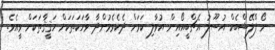
ނޯ ފްލޭޝްބެކް އުސޫލު އެޗްބީއޯއިން އުވާލި ކަމަށް ދެކެވެމުންދާ ވާހަކަތަކަށް ހަޤީޤާތަކަށް ވީއެވެ.